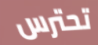
تحترس